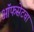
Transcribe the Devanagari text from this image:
ऑफसेटचा